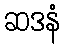
ဆဒနံ